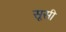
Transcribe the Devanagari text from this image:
सूसी